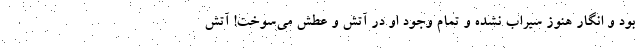
بود و انگار هنوز سیراب نشده و تمام وجود او در آتش و عطش می‌سوخت! آتش